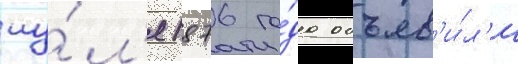
иу́л'я 1876 го́да объяв'и́л'и